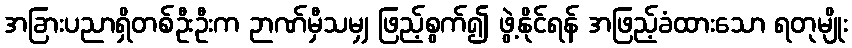
အခြားပညာရှိတစ်ဦးဦးက ဉာဏ်မှီသမျှ ဖြည့်စွက်၍ ဖွဲ့နိုင်ရန် အဖြည့်ခံထားသော ရတုမျိုး